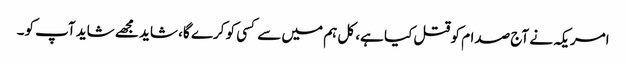
امریکہ نے آج صدام کو قتل کیا ہے، کل ہم میں سے کسی کو کرے گا، شاید مجھے شاید آپ کو۔